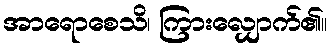
အာရောစေသိ၊ ကြားလျှောက်၏။